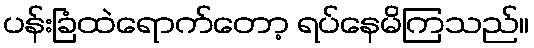
ပန်းခြံထဲရောက်တော့ ရပ်နေမိကြသည်။